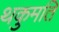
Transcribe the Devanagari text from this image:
थकुमति